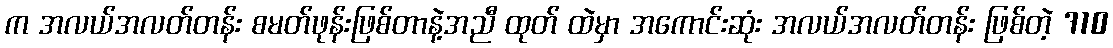
က အလယ်အလတ်တန်း စမတ်ဖုန်းဖြစ်တာနဲ့အညီ ထုတ် ထဲမှာ အကောင်းဆုံး အလယ်အလတ်တန်း ဖြစ်တဲ့ 710